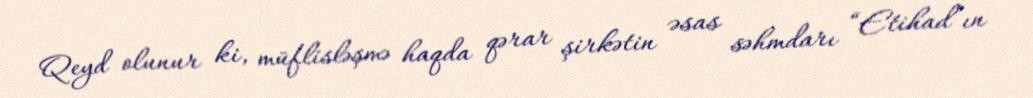
Qeyd olunur ki, müflisləşmə haqda qərar şirkətin əsas səhmdarı “Etihad”ın